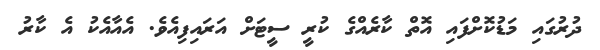
ދުރުގައި މަޑުކޮށްފައި އޮތް ކާރެއްގެ ކުރީ ސީޓަށް އަރައިފިއެވެ. އެއާއެކު އެ ކާރު